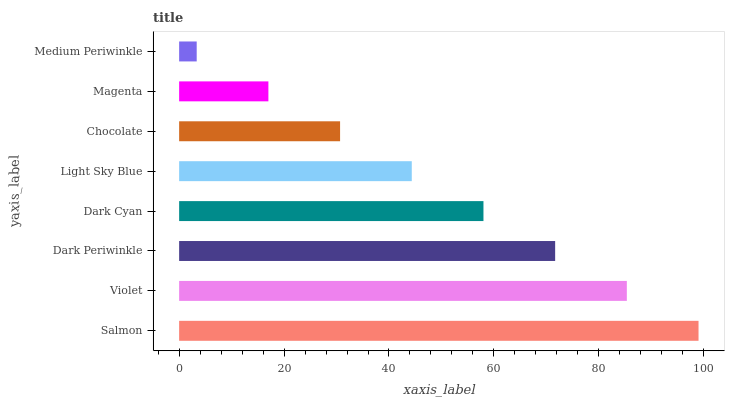
| yaxis_label | bars |
 | --- | --- |
 | Salmon | 99 |
 | Violet | 85.3 |
 | Dark Periwinkle | 71.7 |
 | Dark Cyan | 58 |
 | Light Sky Blue | 44.3 |
 | Chocolate | 30.7 |
 | Magenta | 17 |
 | Medium Periwinkle | 3.35 |